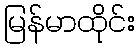
မြန်မာထိုင်း